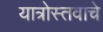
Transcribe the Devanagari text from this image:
यात्रोस्तवाचे